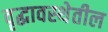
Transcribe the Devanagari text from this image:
वृद्धावस्थेतील